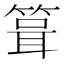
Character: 箿